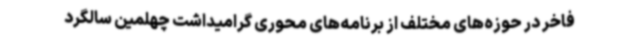
فاخر در حوزه‌های مختلف از برنامه‌های محوری گرامیداشت چهلمین سالگرد